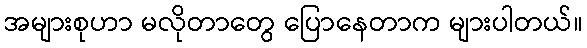
အများစုဟာ မလိုတာတွေ ပြောနေတာက များပါတယ်။